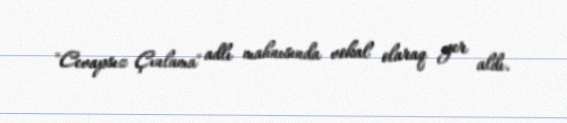
"Cevapsız Çınlama" adlı mahnısında vokal olaraq yer aldı.